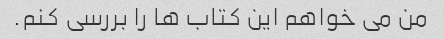
من می خواهم این کتاب ها را بررسی کنم.